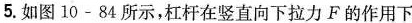
5.如图10-84所示，杠杆在竖直向下拉力F的作用下